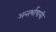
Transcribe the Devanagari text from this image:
अन्तर्भाषायी